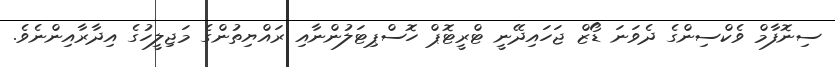
ސިނޮފާމް ވެކްސިންގެ ދެވަނަ ޑޯޒް ޖަހައިދޭނީ ޓްރީޓޮޕް ހޮސްޕިޓަލުންނާއި ރައްޔިތުންގެ މަޖިލީހުގެ އިދާރާއިންނެވެ.